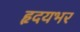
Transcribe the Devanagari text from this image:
हृदयभर